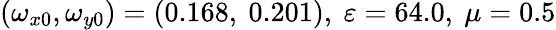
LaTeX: (\omega_{x0},\omega_{y0})=(0.168,\ 0.201),\ \varepsilon=64.0,\ \mu=0.5